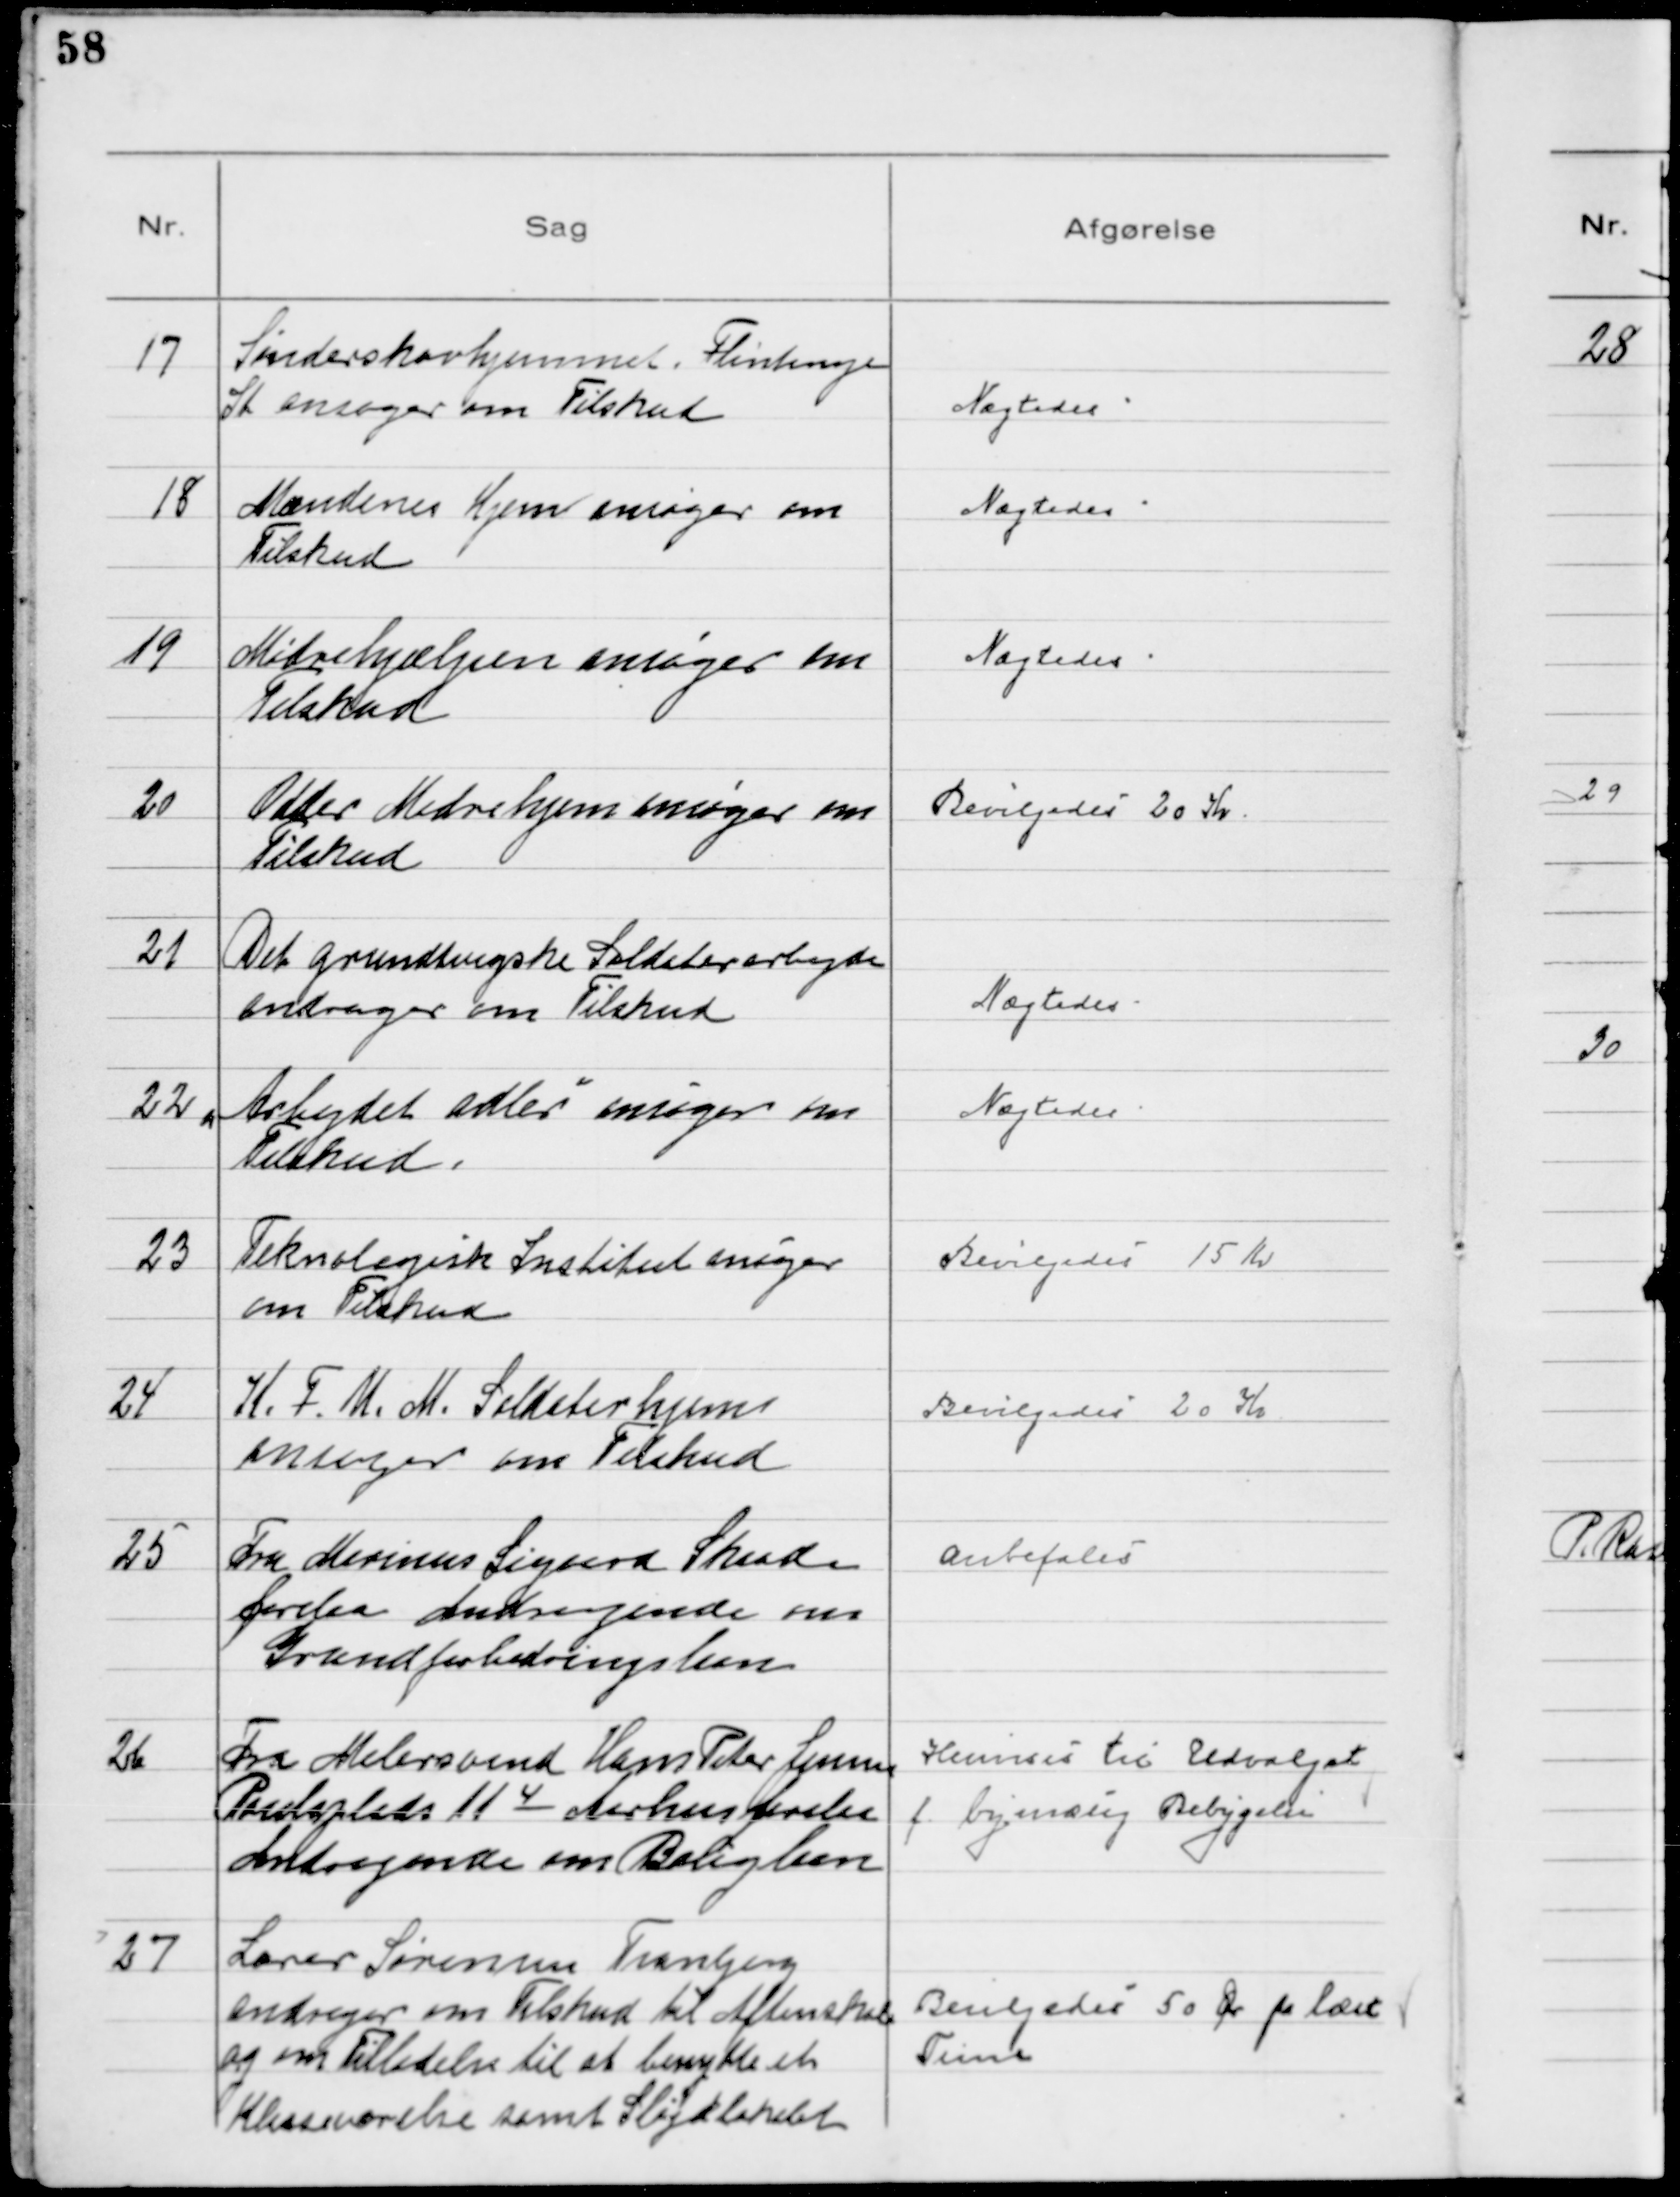
Transskription:
17
Sønderskovhjemmet, Flintinge
St ansøger om Tilskud

Nægtedes

18
Mændenes Hjem ansøger om
Tilskud

Nægtedes

19
Mødrehjælpen ansøger om
Tilskud

Nægtedes

20
Odder Mødrehjælp ansøger om
Tilskud

Bevilgedes 20 Kr

21
Det grundtvigske Soldaterarbejde
andrager om Tilskud

Nægtedes

22
"Arbejdet adler" ansøger om
Tilskud.

Nægtedes

23
Teknologisk Institut ansøger
om Tilskud

Bevilgedes 15 Kr

24
K. F. U. M. Soldaterhjem
ansøger om Tilskud

Bevilgedes 20 Kr

25
Fra Marinus Sigaard Skaade
Jorder Andragende om
Grundforbedringslaan

Anbefales

26
Fra Malersvend Hans Peter Jensen
Poulsplads 11 4 Aarhus forelaa
Andragende om Boliglaan

Henvises til Udvalget
f. bymæssig Bebyggelse

27
Lærer Sørensen Tranbjerg
andrager om Tilskud til Aftenskole
og om Tilladelse til at benytte et
Klasseværelse samt Sløjdlokalet

Bevilgedes 50 Øre pr læst
Time